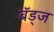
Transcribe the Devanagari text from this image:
बॅड्ज